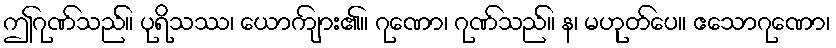
ဤဂုဏ်သည်။ ပုရိသဿ၊ ယောကျ်ား၏။ ဂုဏော၊ ဂုဏ်သည်။ န၊ မဟုတ်ပေ။ ဧသောဂုဏော၊